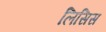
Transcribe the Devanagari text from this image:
लिसिस